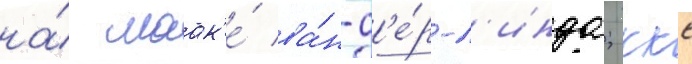
на́ маак'е́ ва́н-д'е́р-л'инда; ккс